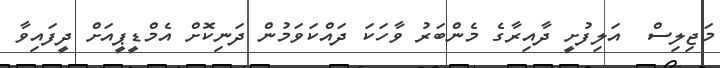
މަޖިލިސް  އަލިފުށީ ދާއިރާގެ މެންބަރު ވާހަކަ ދައްކަވަމުން ދަނިކޮށް އެމްޑީޕީއަށް ދީފައިވާ